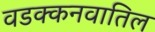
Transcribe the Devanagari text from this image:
वडक्कनवातिल